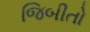
જિબીતો